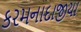
કરમનાદાજીયા